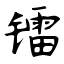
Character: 镭